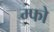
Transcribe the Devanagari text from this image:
म्फो